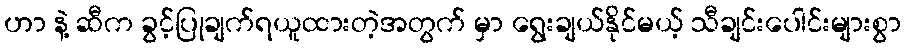
ဟာ နဲ့ ဆီက ခွင့်ပြုချက်ရယူထားတဲ့အတွက် မှာ ရွေးချယ်နိုင်မယ့် သီချင်းပေါင်းများစွာ